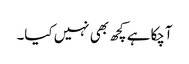
آچکا ہے کچھ بھی نہیں کیا۔